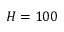
H = 1 0 0